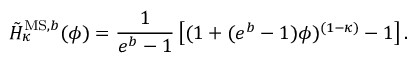
\tilde { H } _ { \kappa } ^ { \mathrm { M S , } b } ( \phi ) = \frac { 1 } { e ^ { b } - 1 } \left[ ( 1 + ( e ^ { b } - 1 ) \phi ) ^ { ( 1 - \kappa ) } - 1 \right] .